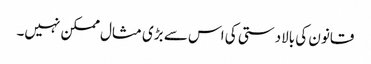
قانون کی بالادستی کی اس سے بڑی مثال ممکن نہیں۔